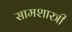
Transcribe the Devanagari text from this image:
सामशास्त्री